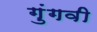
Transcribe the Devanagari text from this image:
गुंगवी